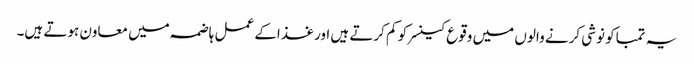
یہ تمباکو نوشی کرنے والوں میں وقوع کینسر کو کم کرتے ہیں اور غذاکے عمل ہاضمہ میں معاون ہوتے ہیں۔